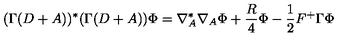
( \Gamma ( D + A ) ) ^ { * } ( \Gamma ( D + A ) ) \Phi = \nabla _ { A } ^ { * } \nabla _ { A } \Phi + \frac { R } { 4 } \Phi - \frac { 1 } { 2 } F ^ { + } \Gamma \Phi